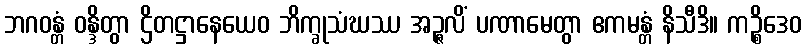
ဘဂဝန္တံ ဝန္ဒိတွာ ဌိတဋ္ဌာနေယေဝ ဘိက္ခုသံဃဿ အဉ္ဇလိံ ပဏာမေတွာ ဧကမန္တံ နိသီဒိ။ ကဉ္စိဒေဝ